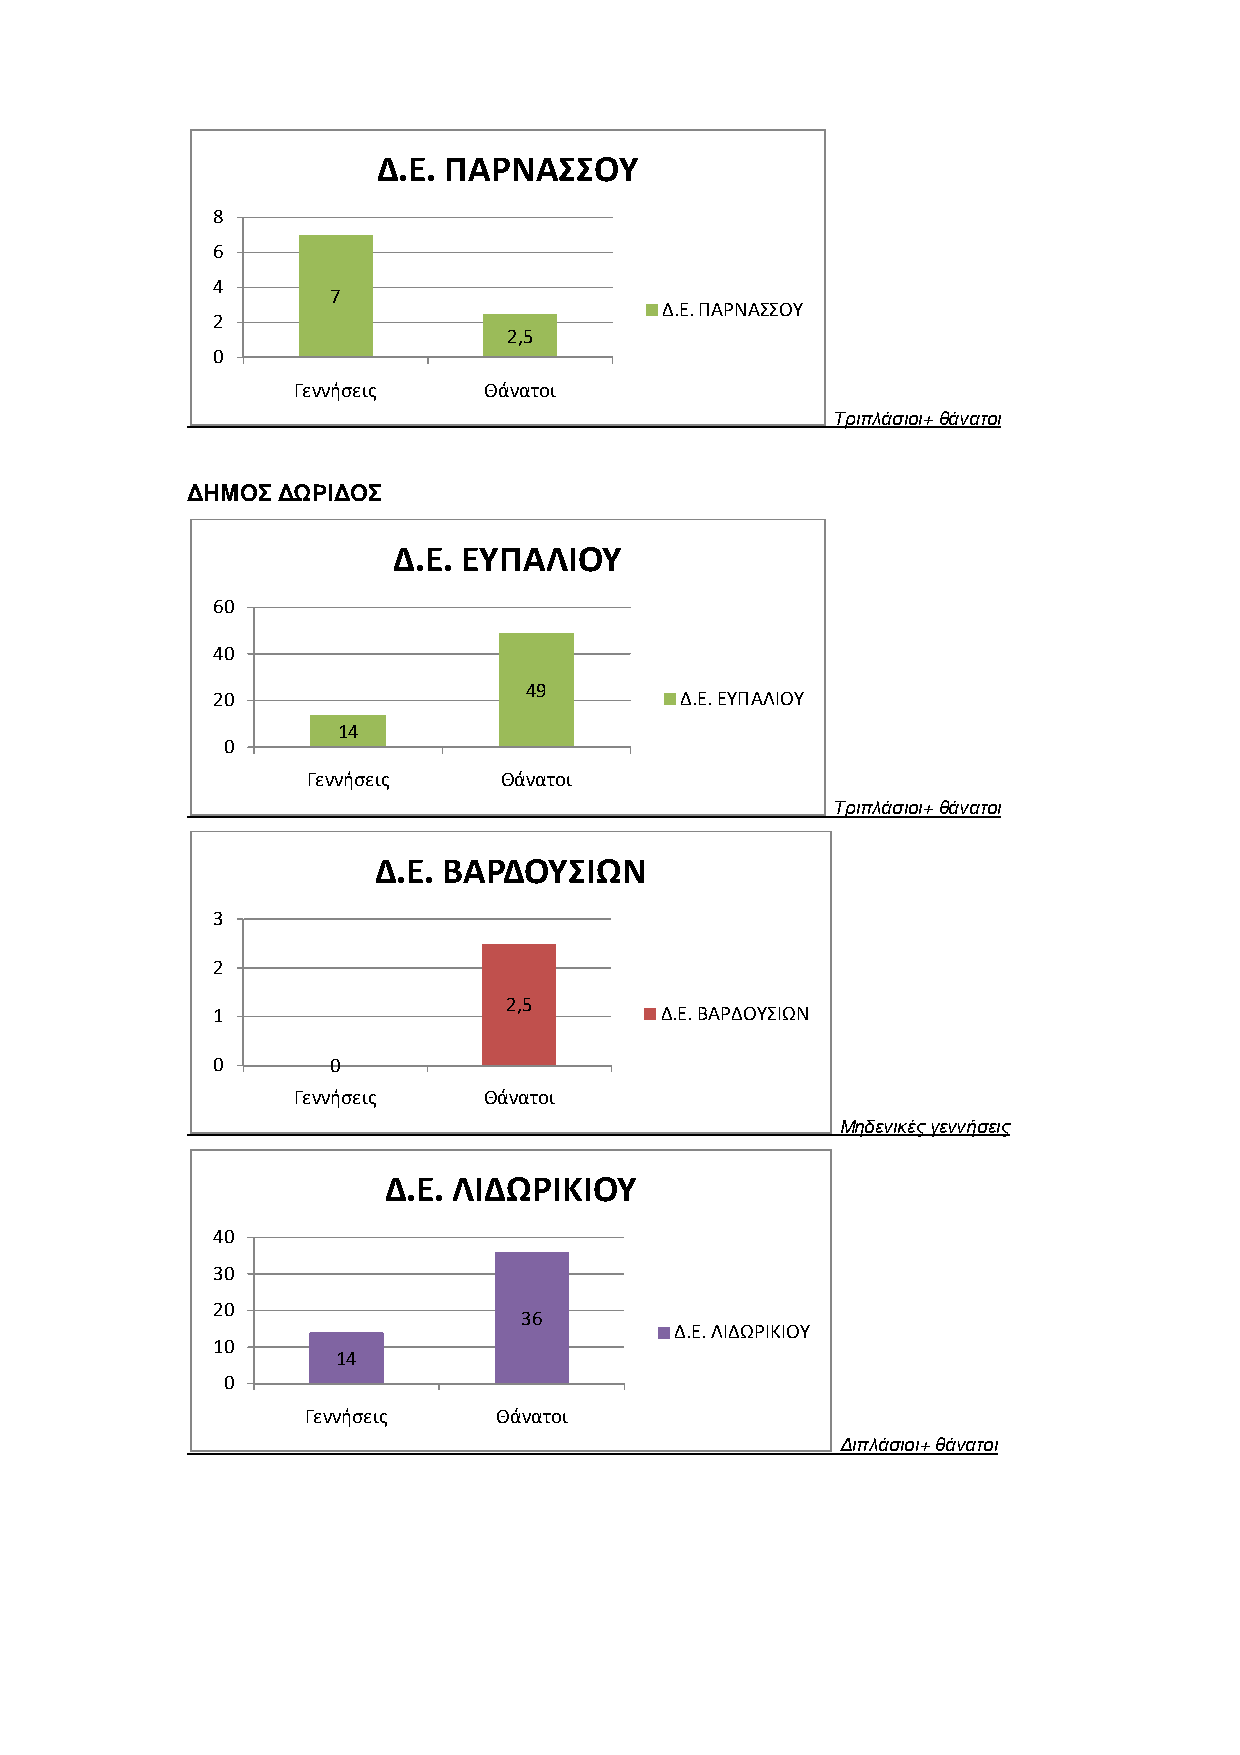
Δ.Ε. ΠΑΡΝΑΣΣΟΥ
 8
 6
 4
 7
 Δ.Ε. ΠΑΡΝΑΣΣΟΥ
 2
 2,5
 0
 Γεννήσεις    Θάνατοι
 Τριπλάσιοι+ θάνατοι
 ΔΗΜΟΣ ΔΩΡΙΔΟΣ
 Δ.Ε. ΕΥΠΑΛΙΟΥ
 60
 40
 49
 20                             Δ.Ε. ΕΥΠΑΛΙΟΥ
 14
 0
 Γεννήσεις    Θάνατοι
 Τριπλάσιοι+ θάνατοι
 Δ.Ε. ΒΑΡΔΟΥΣΙΩΝ
 3
 2
 2,5
 1                             Δ.Ε. ΒΑΡΔΟΥΣΙΩΝ
 0       0
 Γεννήσεις    Θάνατοι
 Μηδενικές γεννήσεις
 Δ.Ε. ΛΙΔΩΡΙΚΙΟΥ
 40
 30
 20
 36
 Δ.Ε. ΛΙΔΩΡΙΚΙΟΥ
 10
 14
 0
 Γεννήσεις    Θάνατοι
 Διπλάσιοι+ θάνατοι